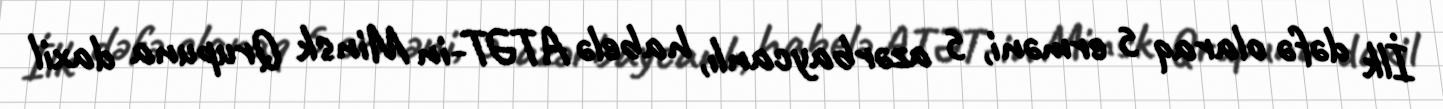
İlk dəfə olaraq 5 erməni, 5 azərbaycanlı, habelə ATƏT-in Minsk Qrupuna daxil